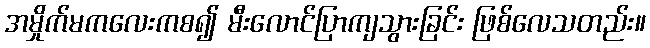
အမှိုက်မကလေးကစ၍ မီးလောင်ပြာကျသွားခြင်း ဖြစ်လေသတည်း။